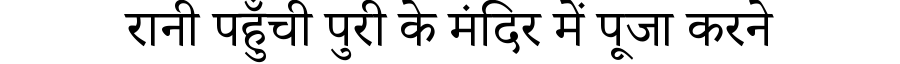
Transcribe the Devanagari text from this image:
रानी पहुँची पुरी के मंदिर में पूजा करने